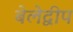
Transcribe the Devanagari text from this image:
बेलेद्वीप